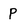
Character: p